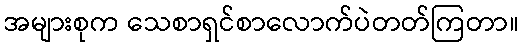
အများစုက သေစာရှင်စာလောက်ပဲတတ်ကြတာ။